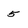
Character: 5